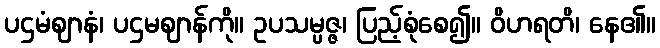
ပဌမံဈာနံ၊ ပဌမဈာန်ကို။ ဥပသမ္ပဇ္ဇ၊ ပြည့်စုံစေ၍။ ဝိဟရတိ၊ နေ၏။